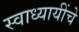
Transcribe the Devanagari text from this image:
स्वाध्यायींचे